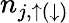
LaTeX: n_{j,\uparrow(\downarrow)}